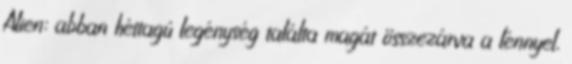
Alien: abban héttagú legénység találta magát összezárva a lénnyel,